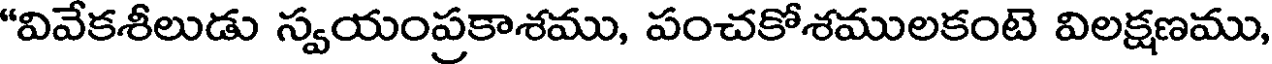
"వివేకశీలుడు స్వయంప్రకాశము, పంచకోశములకంటె విలక్షణము,